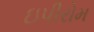
ઇપીરોમ